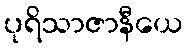
ပုရိသာဇာနီယေ